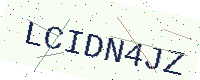
Text: LCIDN4JZ